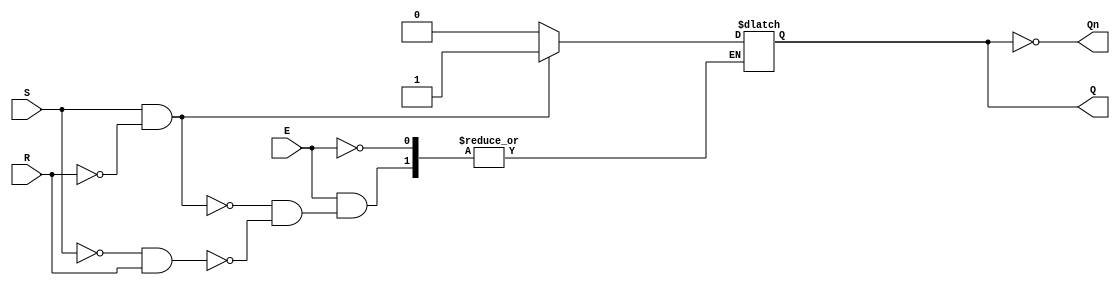
module gated_sr_latch (
    input wire S,      // Set input
    input wire R,      // Reset input
    input wire E,      // Enable input
    output reg Q,      // Output Q
    output wire Qn     // Complementary output (not Q)
);

    assign Qn = ~Q; // Complementary output

    always @(E or S or R) begin
        if (E) begin
            if (S && ~R) begin
                Q <= 1'b1; // Set Q to 1
            end else if (~S && R) begin
                Q <= 1'b0; // Reset Q to 0
            end
            // If S = 0 and R = 0, Q retains its previous state
            // S = 1 and R = 1 is considered invalid and should be avoided
        end
        // If E = 0, Q retains its previous state (no action)
    end

endmodule